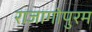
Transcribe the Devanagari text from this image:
राजागोपुरम